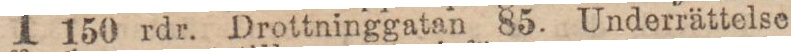
150 rdr. Drottninggatan 85. Underrättelse